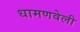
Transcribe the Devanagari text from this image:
धामणवेली